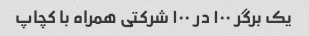
یک برگر ۱۰۰ در ۱۰۰ شرکتی همراه با کچاپ